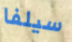
سيلفا